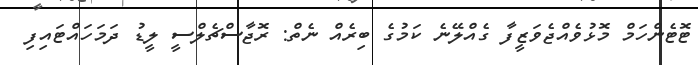
ޓޮޓެންހަމް މޮޅުވެއްޖެވަޒީފާ ގެއްލޭނެ ކަމުގެ ބިރެއް ނެތް: ރޮޖާސްޗެލްސީ ލީޑު ދަމަހައްޓައިފި